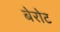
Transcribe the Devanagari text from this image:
बेरोट